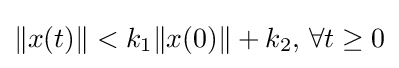
\|x(t)\|<k_{1}\|x(0)\|+k_{2},\,\forall t\geq 0